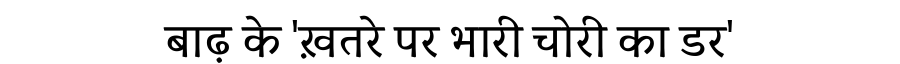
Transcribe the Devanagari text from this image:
बाढ़ के 'ख़तरे पर भारी चोरी का डर'